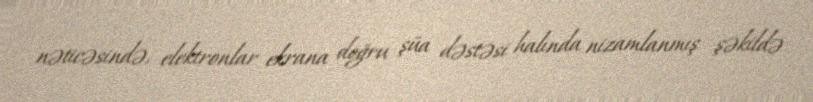
nəticəsində, elektronlar ekrana doğru şüa dəstəsi halında nizamlanmış şəkildə